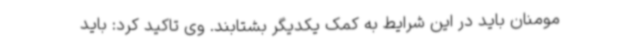
مومنان باید در این شرایط به کمک یکدیگر بشتابند. وی تاکید کرد: باید